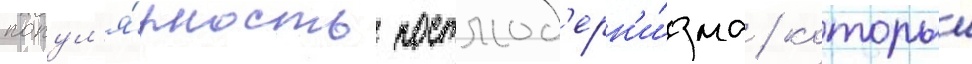
попул'я́рность постмод'ерн'и́зма / которыи